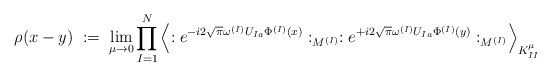
\begin{align*}\rho(x-y) \; := \;\lim_{\mu \rightarrow 0}\prod_{I=1}^N\left\langle:e^{-i2 \sqrt{\pi} \omega^{(I)} U_{Ia} \Phi^{(I)}(x)}:_{M^{(I)}}:e^{+i2 \sqrt{\pi} \omega^{(I)} U_{Ia} \Phi^{(I)}(y)}:_{M^{(I)}}\right\rangle_{K^\mu_{II}}\end{align*}